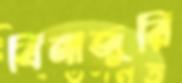
বিনাজুরি